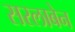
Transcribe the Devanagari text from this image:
सरलाबेन